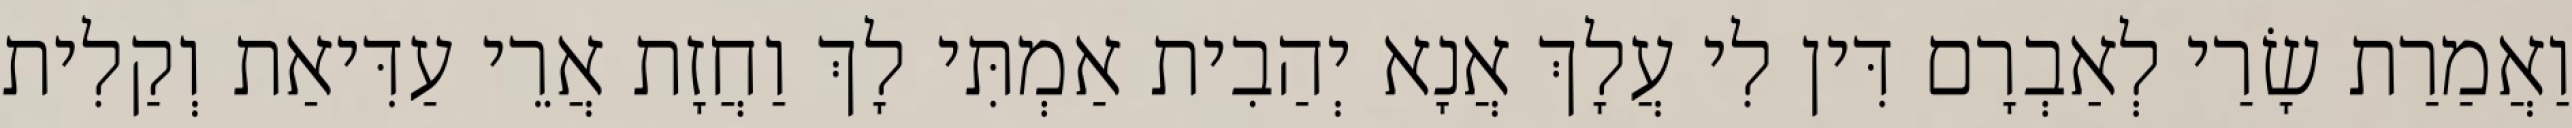
וַאֲמַרַת שָׂרַי לְאַבְרָם דִּין לִי עֲלָךְ אֲנָא יְהַבִית אַמְתִּי לָךְ וַחֲזָת אֲרֵי עַדִּיאַת וְקַלִית